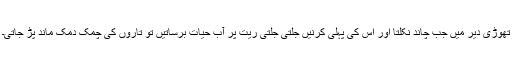
تھوڑی دیر میں جب چاند نکلتا اور اس کی پہلی کرنیں جلتی جلتی ریت پر آب حیات برساتیں تو تاروں کی چمک دمک ماند پڑ جاتی۔